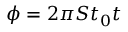
\phi = 2 \pi S t _ { 0 } t